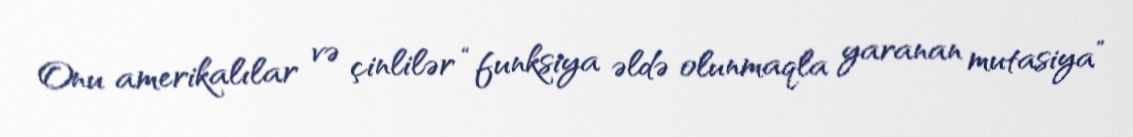
Onu amerikalılar və çinlilər “funksiya əldə olunmaqla yaranan mutasiya”